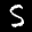
Label: 5